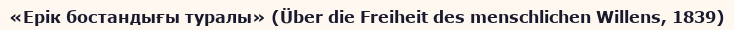
«Ерік бостандығы туралы» (Über die Freiheit des menschlichen Willens, 1839)